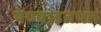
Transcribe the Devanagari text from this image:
येण्याइतपत